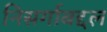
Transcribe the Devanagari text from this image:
निसर्गाबद्दल